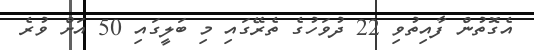
އެގޮތުން ފާއިތުވި 22 ދުވަހުގެ ތެރޭގައި މި ބަލީގައި 50 އަށް ވުރެ